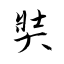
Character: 奘